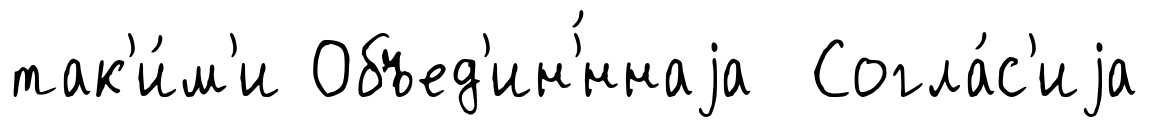
так'и́м'и Объед'ин'́ннаjа Согла́с'иjа